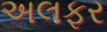
અલફર